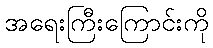
အရေးကြီးကြောင်းကို